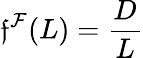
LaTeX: \mathfrak{f}^{\mathcal{{F}}}(L)=\frac{{D}}{{L}}